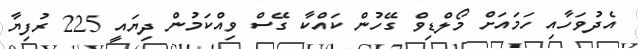
އެދުވަހާއި ހަމައަށް މޯލްޑިވް ގޭހުން ކައްކާ ގޭސް ވިއްކަމުން ދިޔައީ 225 ރުފިޔާ